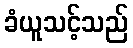
ခံယူသင့်သည်